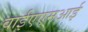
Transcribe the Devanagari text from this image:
वाईएएमआई